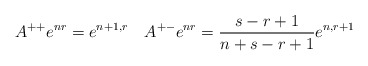
\begin{align*}A^{++}e^{nr}=e^{n+1,r}\quad A^{+-}e^{nr}=\frac{s-r+1}{n+s-r+1}e^{n,r+1}\end{align*}